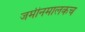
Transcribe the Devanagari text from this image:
जमीनमालकच